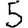
Digit: 5